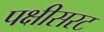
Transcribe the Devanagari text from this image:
पक्षीसरट